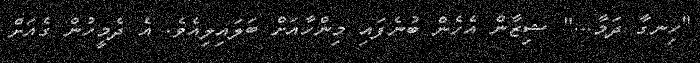
"ހިނގާ ދަމާ..." ޝިޒާން އެހެން ބުނެފައި މިންހާއަށް ބަލައިލިއެވެ. އެ ދެމީހުން ގެއަށް